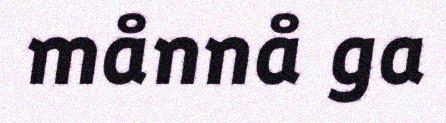
månnå ga